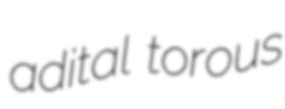
adital torous